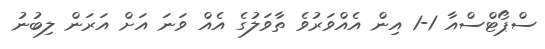
ސްޕޯޓްސްއާ 1-1 އިން އެއްވަރުވެ ތާވަލުގެ އެއް ވަނަ އަށް އަރަން ލިބުނު